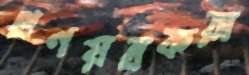
প্রণয়ন্রকরা